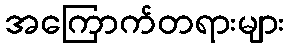
အကြောက်တရားများ